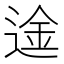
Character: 𮷢